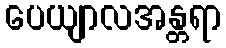
ပေယျာလအန္တရာ